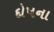
દોષના